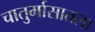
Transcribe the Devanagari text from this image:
चातुर्मासातला